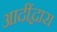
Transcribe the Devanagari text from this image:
आदींद्वारा